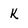
Character: k